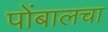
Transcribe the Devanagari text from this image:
पोंबालचा